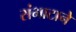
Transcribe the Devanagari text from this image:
संभाटाने